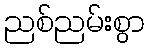
ညစ်ညမ်းစွာ